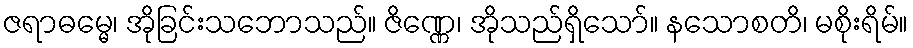
ဇရာဓမ္မေ၊ အိုခြင်းသဘောသည်။ ဇိဏ္ဏေ၊ အိုသည်ရှိသော်။ နသောစတိ၊ မစိုးရိမ်။